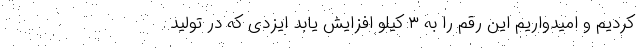
کردیم و امیدواریم این رقم را به ۳ کیلو افزایش یابد ایزدی که در تولید